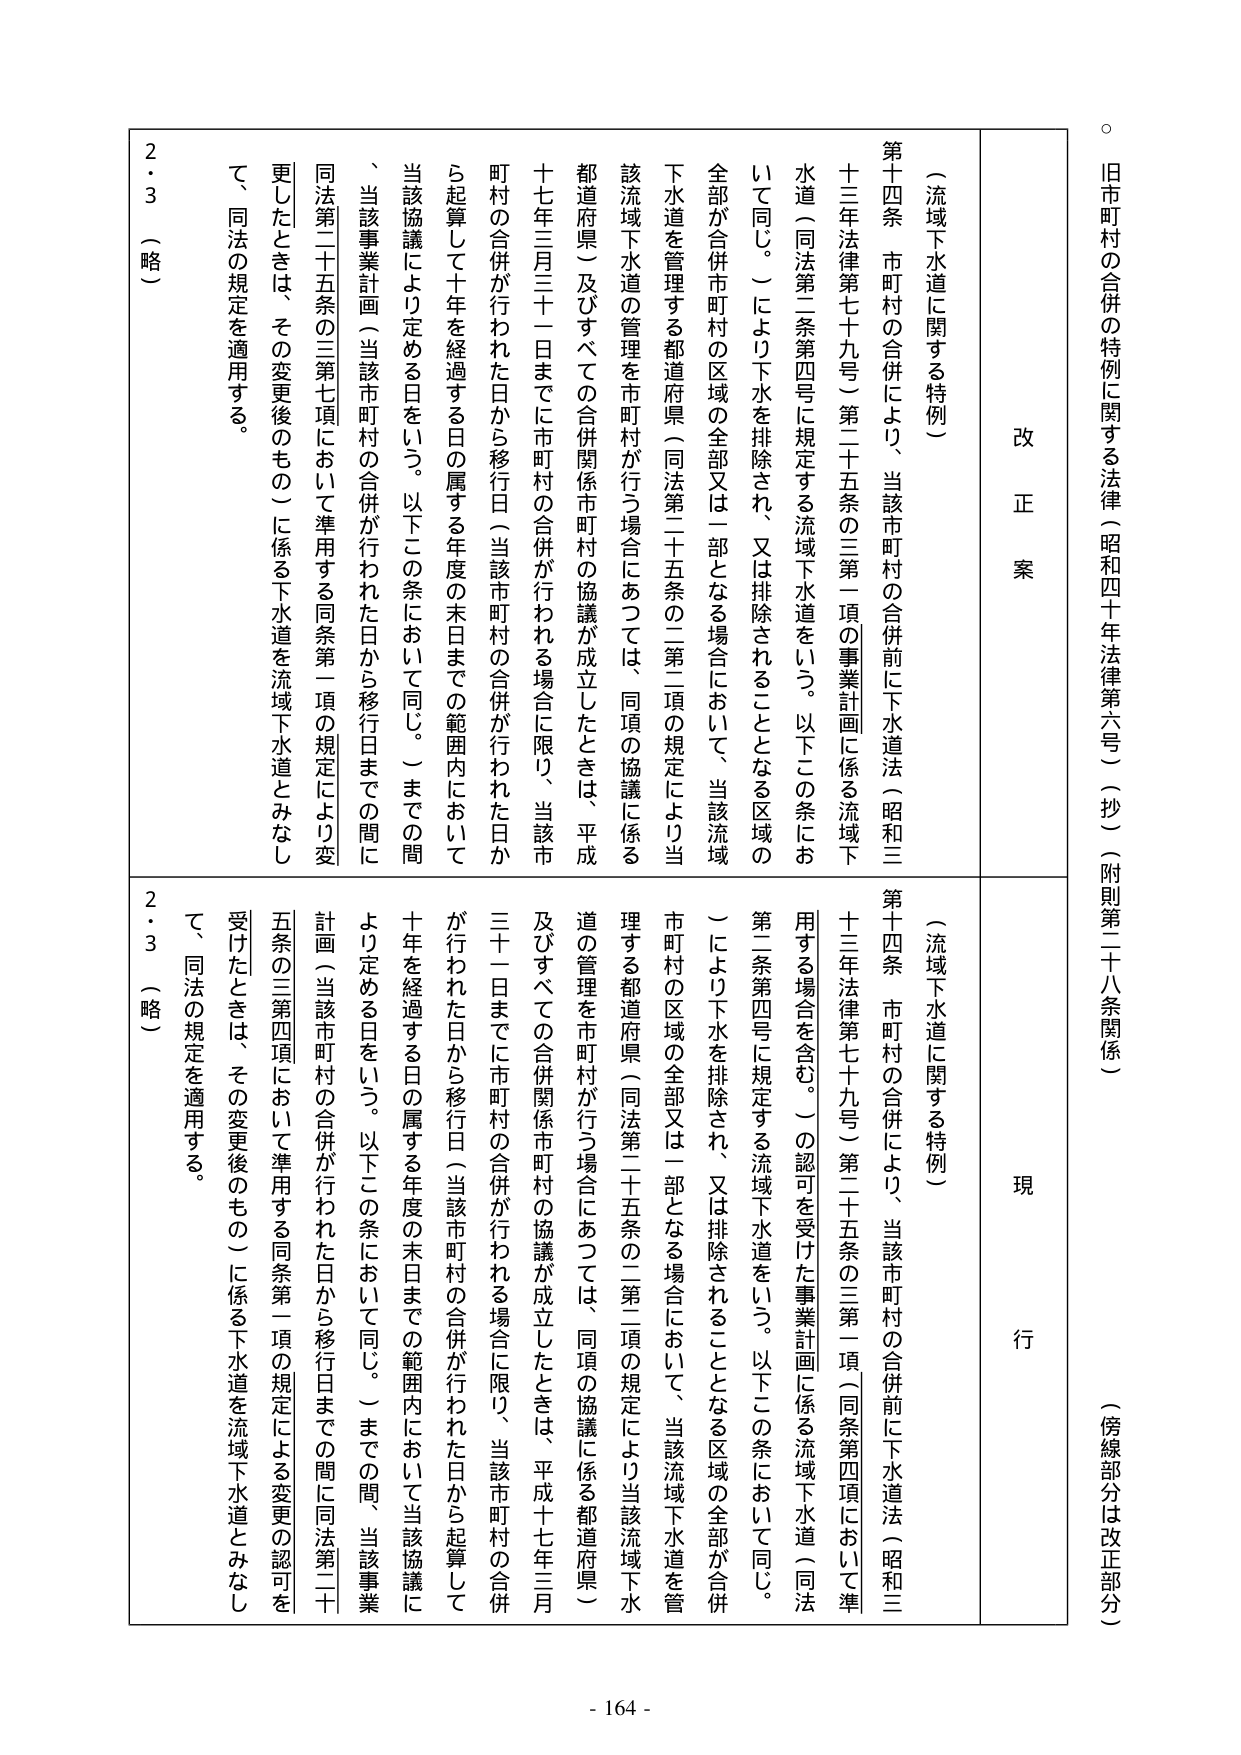
旧市町村の合併の特例に関する法律（昭和四十年法律第六号）（抄）（附則第二十八条関係）
（傍線部分は改正部分）

改正案
（流域下水道に関する特例）
第十四条 市町村の合併により、当該市町村の合併前に下水道法（昭和三十三年法律第七十九号）第二十五条の三第一項の事業計画に係る流域下水道（同法第二条第四号に規定する流域下水道をいう。以下この条において同じ。）により下水を排除され、又は排除されることとなる区域の全部が合併市町村の区域の全部又は一部となる場合において、当該流域下水道を管理する都道府県（同法第二十五条の二第二項の規定により当該流域下水道の管理を市町村が行う場合にあつては、同項の協議に係る都道府県）及びすべての合併関係市町村の協議が成立したときは、平成十七年三月三十一日までに市町村の合併が行われる場合に限り、当該市町村の合併が行われた日から移行日（当該市町村の合併が行われた日から起算して十年を経過する日の属する年度の末日までの範囲内において当該協議により定める日をいう。以下この条において同じ。）までの間、当該事業計画（当該市町村の合併が行われた日から移行日までの間に同法第二十五条の三第七項において準用する同条第一項の規定により変更したときは、その変更後のもの）に係る下水道を流域下水道とみなして、同法の規定を適用する。
2・3 （略）

現行
（流域下水道に関する特例）
第十四条 市町村の合併により、当該市町村の合併前に下水道法（昭和三十三年法律第七十九号）第二十五条の三第一項（同条第四項において準用する場合を含む。）の認可を受けた事業計画に係る流域下水道（同法第二条第四号に規定する流域下水道をいう。以下この条において同じ。）により下水を排除され、又は排除されることとなる区域の全部が合併市町村の区域の全部又は一部となる場合において、当該流域下水道を管理する都道府県（同法第二十五条の二第二項の規定により当該流域下水道の管理を市町村が行う場合にあつては、同項の協議に係る都道府県）及びすべての合併関係市町村の協議が成立したときは、平成十七年三月三十一日までに市町村の合併が行われる場合に限り、当該市町村の合併が行われた日から移行日（当該市町村の合併が行われた日から起算して十年を経過する日の属する年度の末日までの範囲内において当該協議により定める日をいう。以下この条において同じ。）までの間、当該事業計画（当該市町村の合併が行われた日から移行日までの間に同法第二十五条の三第四項において準用する同条第一項の規定による変更の認可を受けたときは、その変更後のもの）に係る下水道を流域下水道とみなして、同法の規定を適用する。
2・3 （略）

- 164 -